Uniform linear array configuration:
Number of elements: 48
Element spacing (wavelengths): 0.5
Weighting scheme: exponential
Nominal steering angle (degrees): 15
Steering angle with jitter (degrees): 14.067
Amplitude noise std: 0.05
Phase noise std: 0.05

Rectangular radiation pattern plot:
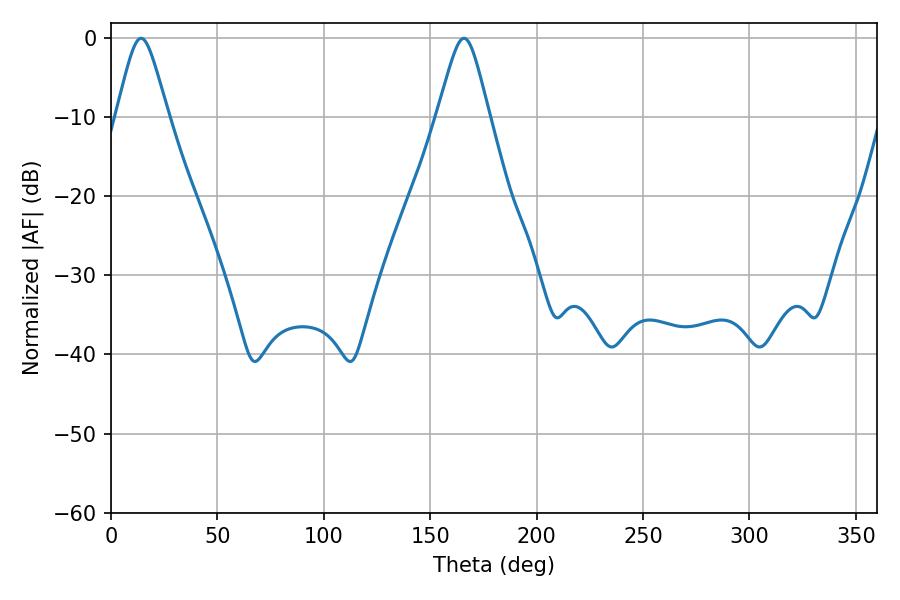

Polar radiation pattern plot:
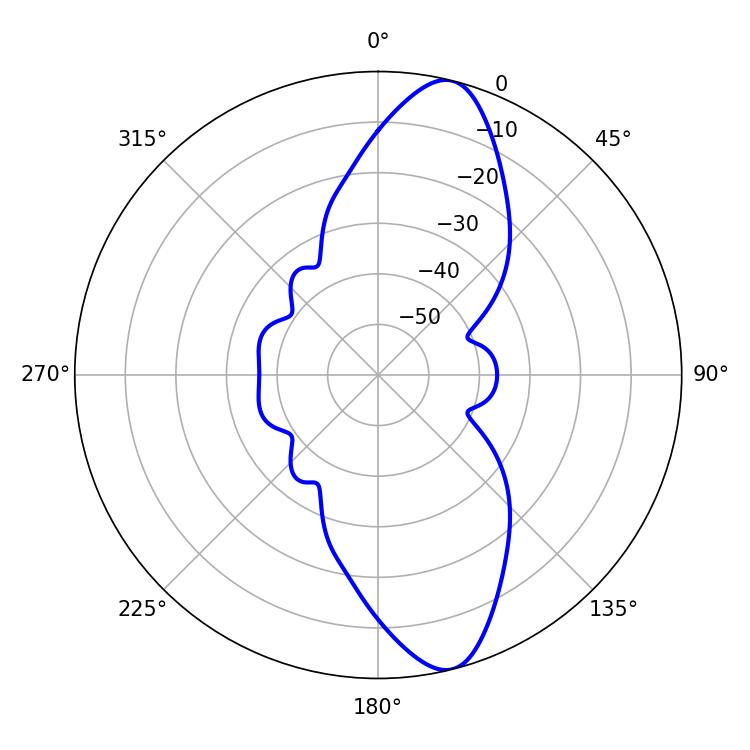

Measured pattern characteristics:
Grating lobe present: FALSE
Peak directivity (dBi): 12.127
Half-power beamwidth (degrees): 11.7
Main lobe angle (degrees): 14.22